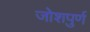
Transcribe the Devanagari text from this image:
जोशपुर्ण